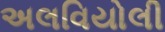
અલવિયોલી